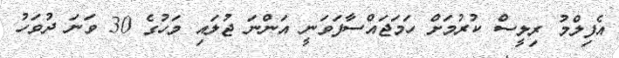
އެފިލްމު ރިލީސް ކުރުމަށް ހަމަޖައްސާފަވަނީ އަންނަ ޖުލައި މަހުގެ 30 ވަނަ ދުވަހު